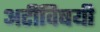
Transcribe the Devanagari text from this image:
अटींविषयी